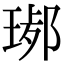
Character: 𤧢